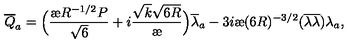
{ \overline { { Q } } } _ { a } = \Big ( \frac { { \mathrm { \ae } } R ^ { - 1 / 2 } P } { \sqrt { 6 } } + i \frac { \sqrt { k } \sqrt { 6 R } } { { \mathrm { \ae } } } \Big ) { \overline { { \lambda } } _ { a } } - 3 i { \mathrm { \ae } } ( 6 R ) ^ { - 3 / 2 } ( { \overline { { \lambda } } } { \overline { { \lambda } } } ) \lambda _ { a } ,